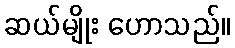
ဆယ်မျိုး ဟောသည်။